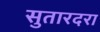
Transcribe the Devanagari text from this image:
सुतारदरा